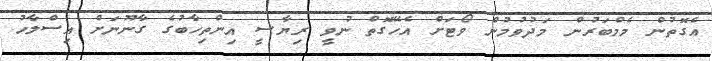
އެގޮތުން މެމްބަރުން މަދުވުމުން ވޯޓަށް އެހޭގޮތް ނުވީ ރިޔާސީ އިންތިހާބުގެ ގާނޫނަށް އިސްލާހު